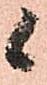
候